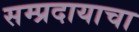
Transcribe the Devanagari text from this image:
सम्प्रदायाचा